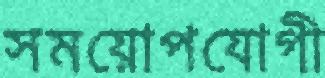
সময়োপযোগী